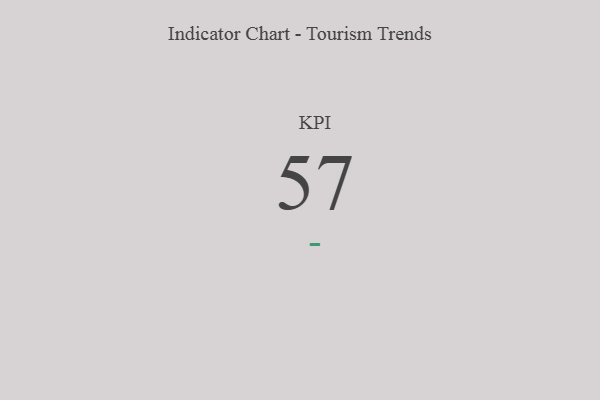
{"axis": {"x": "KPI", "y": "Value"}, "legend": [""], "data": [{"x": "KPI", "y": 57, "type": ""}]}